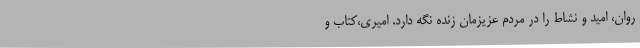
روان، امید و نشاط را در مردم عزیزمان زنده نگه دارد. امیری،کتاب و